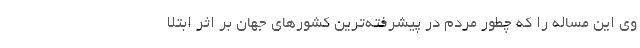
وی این مساله را که چطور مردم در پیشرفته‌ترین کشورهای جهان بر اثر ابتلا